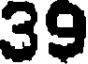
39